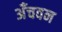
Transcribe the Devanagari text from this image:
अँचवन